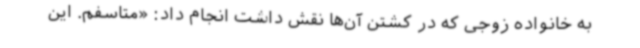
به خانواده زوجی که در کشتن آن‌ها نقش داشت انجام داد: «متاسفم. این